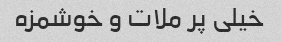
خیلی پر ملات و خوشمزه